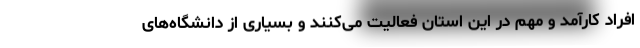
افراد کارآمد و مهم در این استان فعالیت می‌کنند و بسیاری از دانشگاه‌های